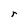
Character: r